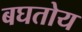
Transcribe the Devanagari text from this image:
बघतोय